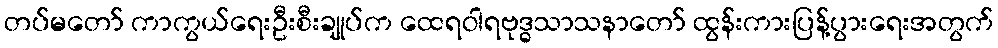
တပ်မတော် ကာကွယ်ရေးဦးစီးချုပ်က ထေရဝါရဗုဒ္ဓသာသနာတော် ထွန်းကားပြန့်ပွားရေးအတွက်